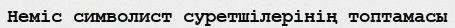
Неміс символист суретшілерінің топтамасы